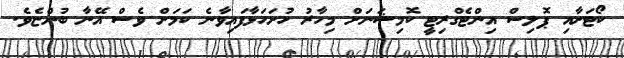
ކޯޓަށާއި ޕޮލިސް އިންޓެގްރިޓީ ކޮމިޝަނަށް މިހާރު ހުށަހަޅާފައިވާނެ ކަމަށް ވެސް އޭނާ ބުންޏެވެ.